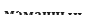
маманнын